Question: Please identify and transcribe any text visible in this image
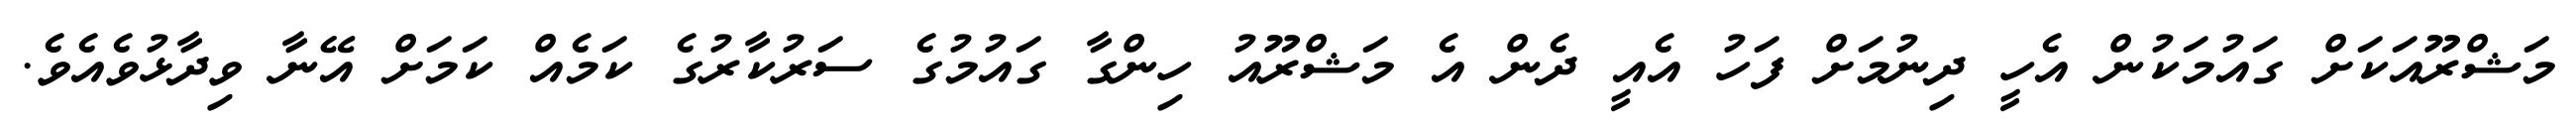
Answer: މަޝްރޫއަކަށް ގައުމަކުން އެހީ ދިނުމަށް ފަހު އެއީ ދެން އެ މަޝްރޫއު ހިންގާ ގައުމުގެ ސަރުކާރުގެ ކަމެއް ކަމަށް އޭނާ ވިދާޅުވެއެވެ.